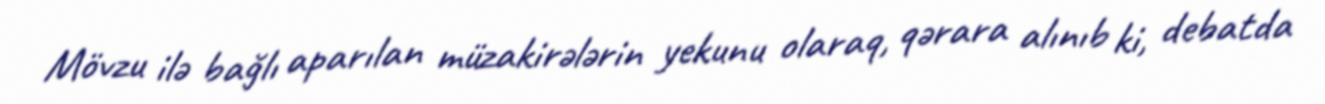
Mövzu ilə bağlı aparılan müzakirələrin yekunu olaraq, qərara alınıb ki, debatda